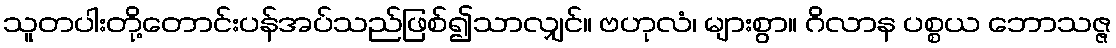
သူတပါးတို့တောင်းပန်အပ်သည်ဖြစ်၍သာလျှင်။ ဗဟုလံ၊ များစွာ။ ဂိလာန ပစ္စယ ဘောသဇ္ဇ